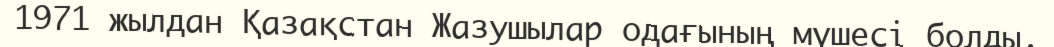
1971 жылдан Қазақстан Жазушылар одағының мүшесі болды.